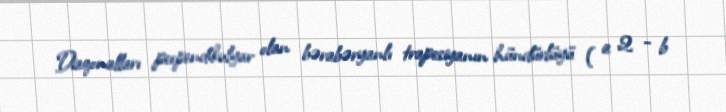
Diaqonalları perpendikulyar olan bərabəryanlı trapesiyanın hündürlüyü ( a 2 − b